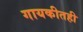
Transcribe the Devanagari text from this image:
गायकीतही